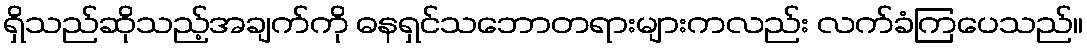
ရှိသည်ဆိုသည့်အချက်ကို ဓနရှင်သဘောတရားများကလည်း လက်ခံကြပေသည်။